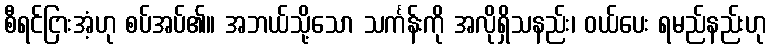
စီရင်ငြားအံ့ဟု စပ်အပ်၏။ အဘယ်သို့သော သင်္ကန်းကို အလိုရှိသနည်း၊ ဝယ်ပေး ရမည်နည်းဟု